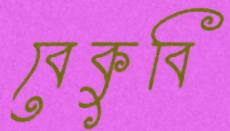
বেকুবি